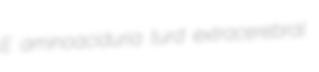
E aminoaciduria turd extracerebral